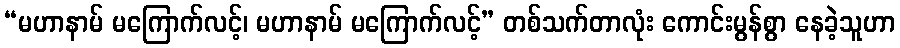
“မဟာနာမ် မကြောက်လင့်၊ မဟာနာမ် မကြောက်လင့်” တစ်သက်တာလုံး ကောင်းမွန်စွာ နေခဲ့သူဟာ